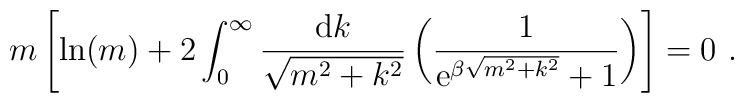
m \left[ \ln (m) +2 \int_0^{\infty}\frac{{\rm d}k}{\sqrt{m^2+k^2}}\left( \frac{1}{{\rm e}^{\beta \sqrt{m^2+k^2}}+1}\right) \right] = 0 \ .